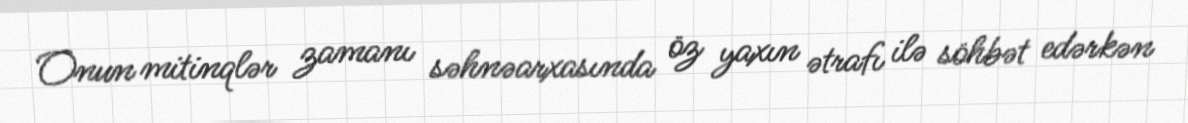
Onun mitinqlər zamanı səhnəarxasında öz yaxın ətrafı ilə söhbət edərkən